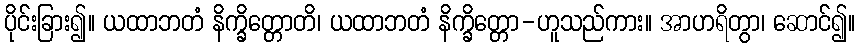
ပိုင်းခြား၍။ ယထာဘတံ နိက္ခိတ္တောတိ၊ ယထာဘတံ နိက္ခိတ္တော-ဟူသည်ကား။ အာဟရိတွာ၊ ဆောင်၍။